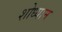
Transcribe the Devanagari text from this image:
शोध्यान